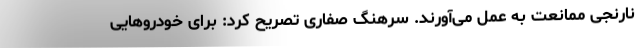
نارنجی ممانعت به عمل می‌آورند. سرهنگ صفاری تصریح کرد: برای خودروهایی